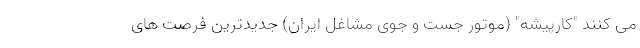
می کنند "کارپیشه" (موتور جست و جوی مشاغل ایران) جدیدترین فرصت های